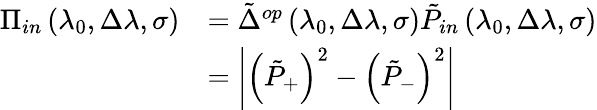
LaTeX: \begin{array}{rl}{\Pi_{in}\left(\lambda_{0},\Delta\lambda,\sigma\right)}&{=\tilde{\Delta}^{op}\left(\lambda_{0},\Delta\lambda,\sigma\right)\tilde{P}_{in}\left(\lambda_{0},\Delta\lambda,\sigma\right)}\\ &{=\left|\left(\tilde{P}_{+}\right)^{2}-\left(\tilde{P}_{-}\right)^{2}\right|}\end{array}